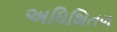
અધિશિતળ